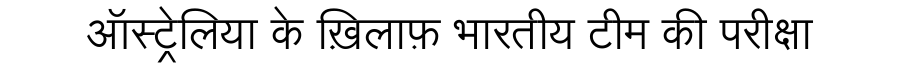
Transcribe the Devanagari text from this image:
ऑस्ट्रेलिया के ख़िलाफ़ भारतीय टीम की परीक्षा